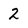
Character: 2